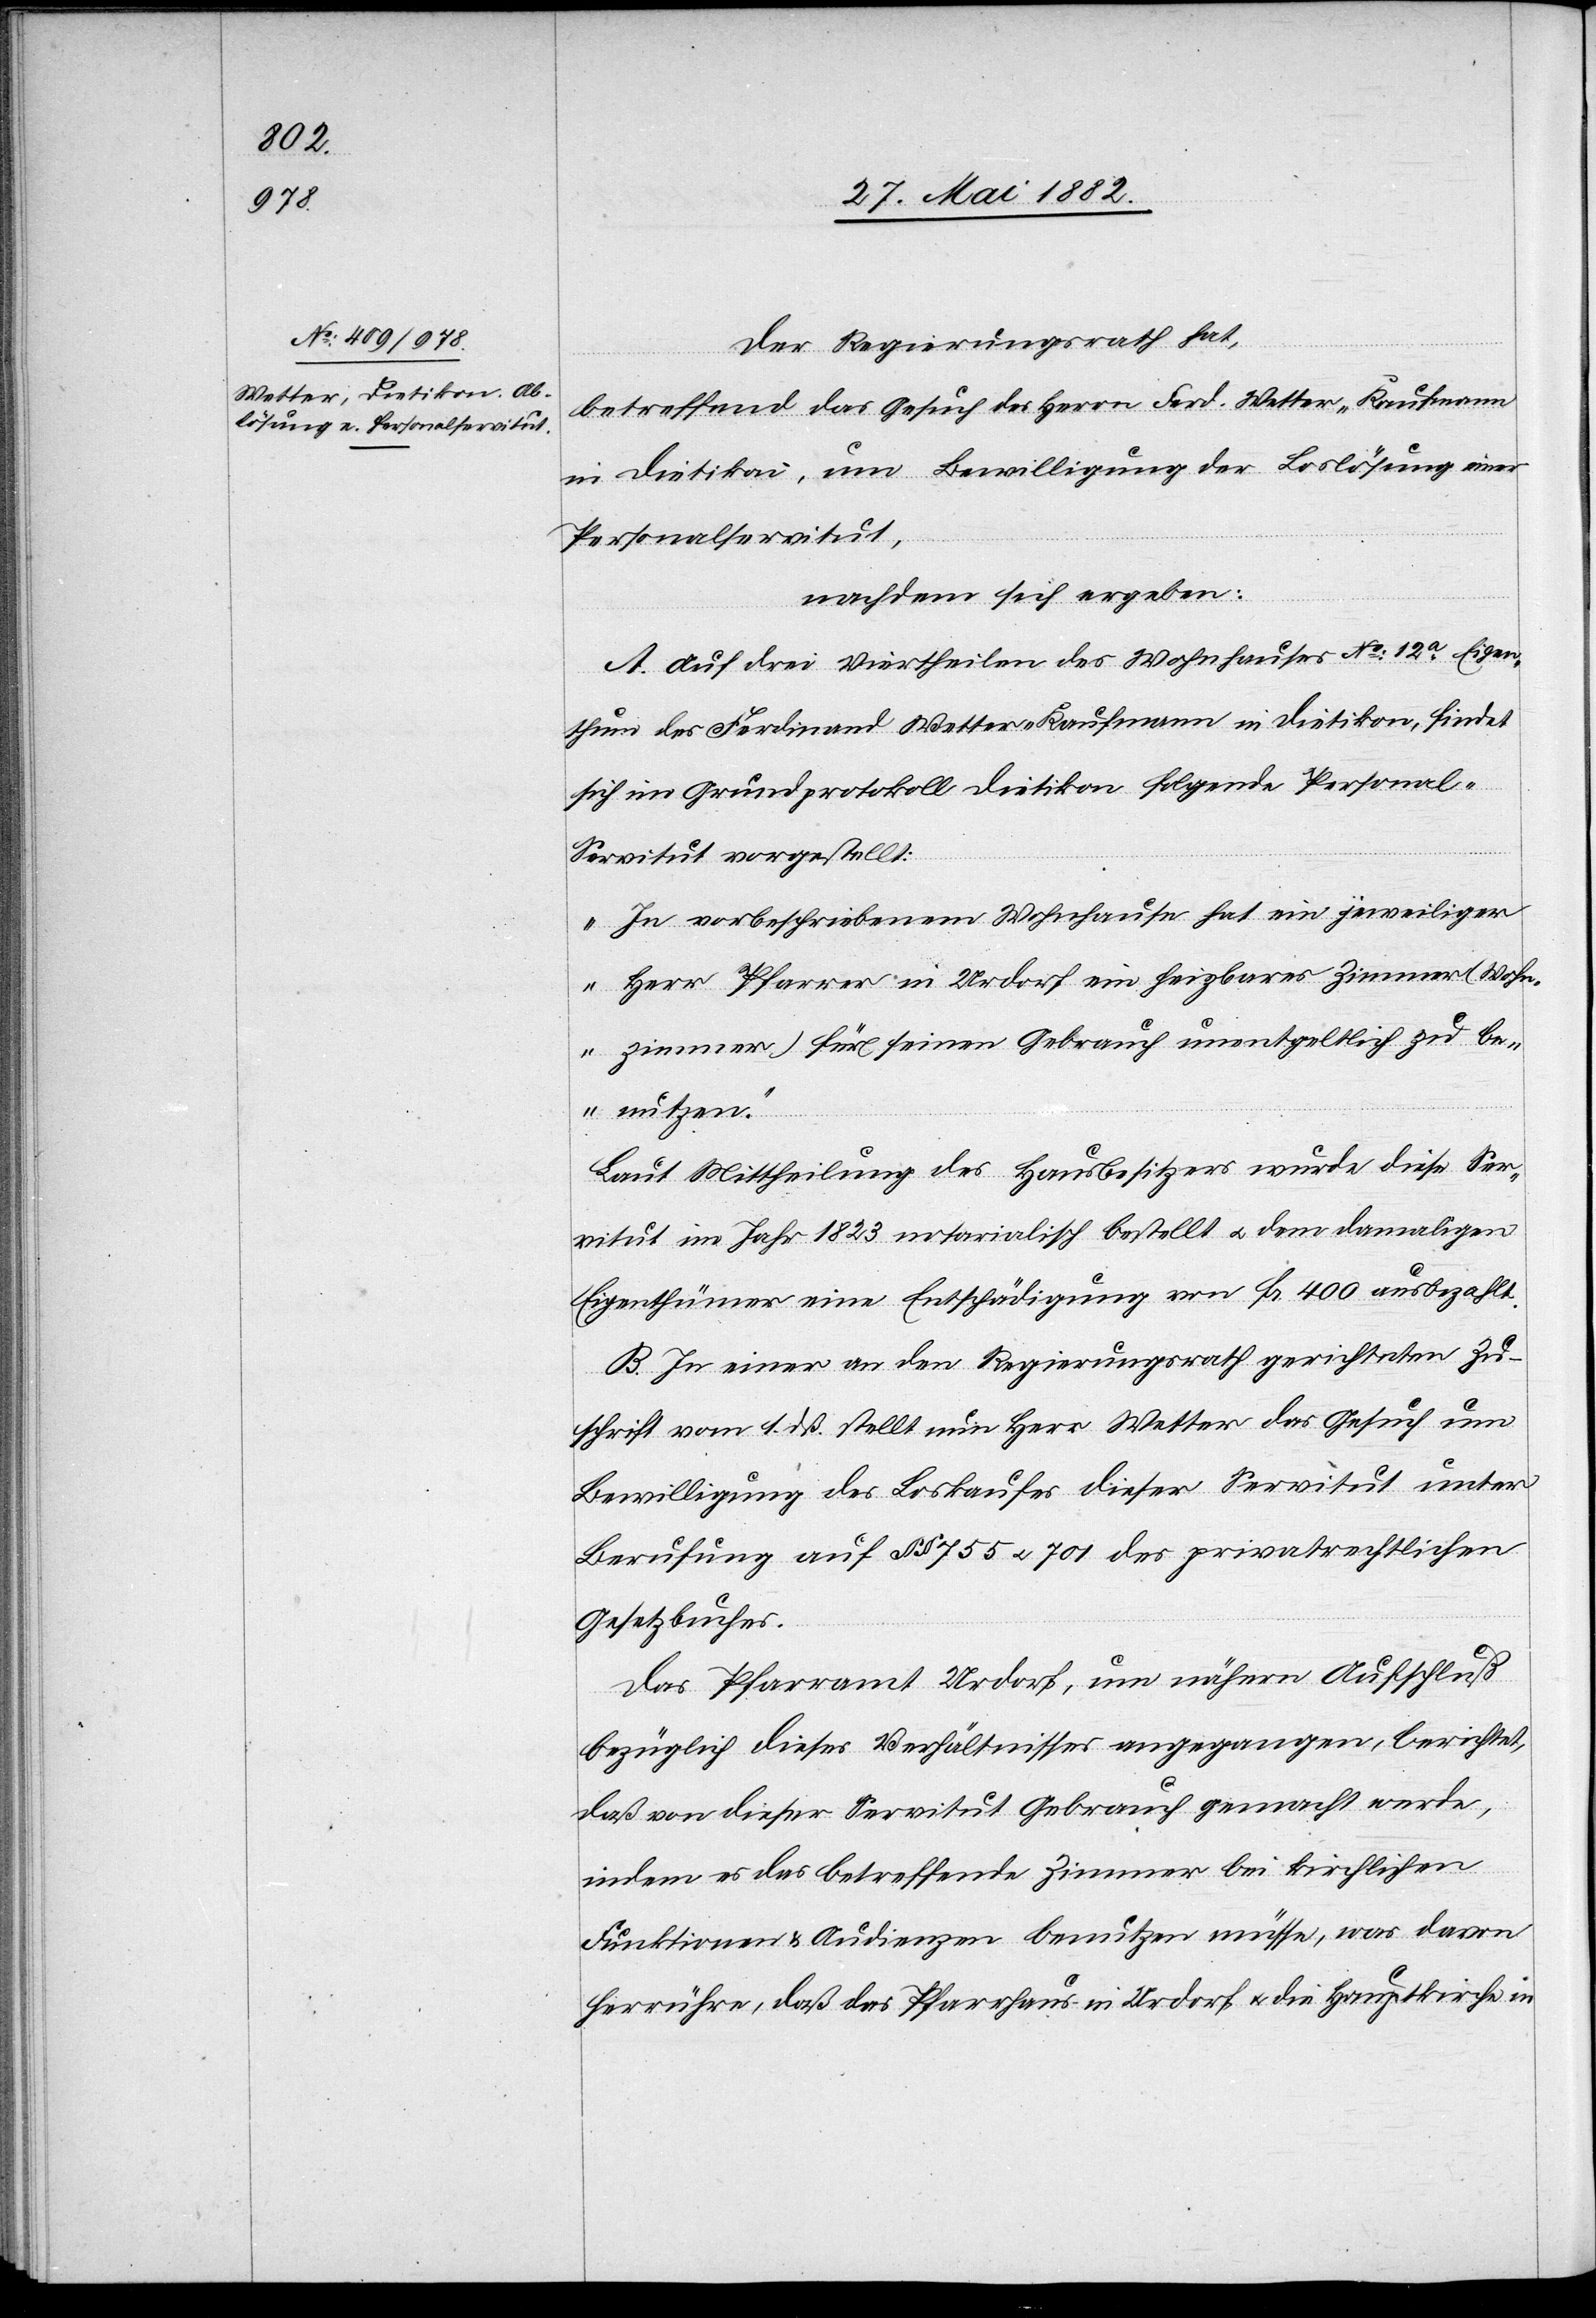
Der Regierungsrath hat,
betreffend das Gesuch des Herrn Ferd. Wetter - Kaufmann
in Dietikon, um Bewilligung der Loslösung einer
Personalservitut,
nachdem sich ergeben:
A. Auf drei Viertheilen des Wohnhauses No 12a Eigen¬
thum des Ferdinand Wetter - Kaufmann in Dietikon, findet
sich im Grundprotokoll Dietikon folgende Personal-S¬
ervitut vorgestellt:
„In vorbeschriebenem Wohnhause hat ein jeweiliger
Herr Pfarrer in Urdorf ein heizbares Zimmer (Wohn¬
zimmer) für seinen Gebrauch unentgeltlich zu be¬
nutzen.“
Laut Mittheilung des Hausbesitzers wurde diese Ser¬
vitut im Jahr 1823 notarialisch bestellt u. dem damaligen
Eigenthümer eine Entschädigung von Fr. 400 ausbezahlt.
B. In einer an den Regierungsrath gerichteten Zu¬
schrift vom 1. dß. stellt nun Herr Wetter das Gesuch um
Bewilligung des Loskaufes dieser Servitut unter
Berufung auf §§ 755 u. 701 des privatrechtlichen
Gesetzbuches.
Das Pfarramt Urdorf, um nähern Aufschluß
bezüglich dieses Verhältnisses angegangen, berichtet,
daß von dieser Servitut Gebrauch gemacht werde,
indem es das betreffende Zimmer bei kirchlichen
Funktionen & Audienzen benutzen müsse, was davon
herrühre, daß das Pfarrhaus in Urdorf u. die Hauptkirche in